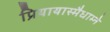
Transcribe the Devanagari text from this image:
प्रियायास्मैधाम्ने